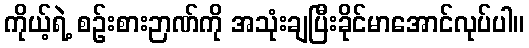
ကိုယ့်ရဲ့ စဉ်းစားဉာဏ်ကို အသုံးချပြီးခိုင်မာအောင်လုပ်ပါ။